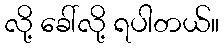
လို့ ခေါ်လို့ ရပါတယ်။